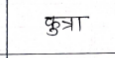
मजकूर: कुत्रा